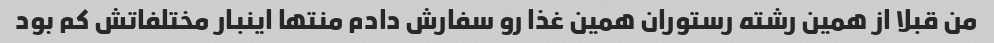
من قبلا از همین رشته رستوران همین غذا رو سفارش دادم منتها اینبار مختلفاتش کم بود